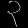
Digit: ၃